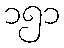
၁၅၁